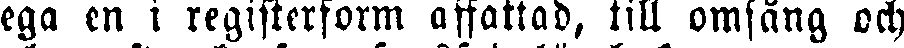
ega en i registerform affattad, till omsång och